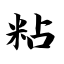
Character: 粘